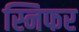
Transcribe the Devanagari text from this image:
स्निफर